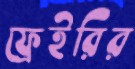
ফ্রেইরির